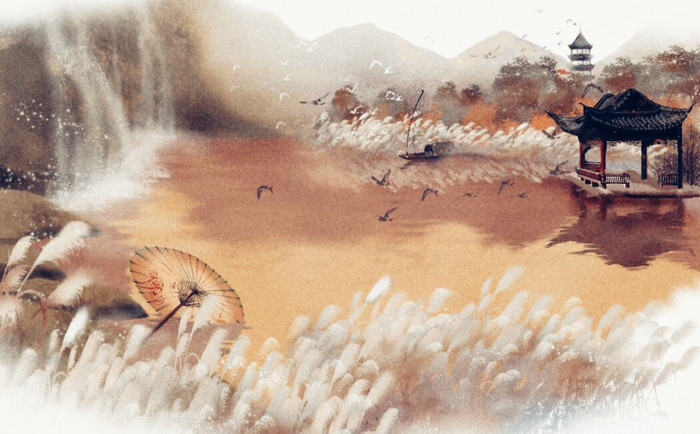
惆怅孤帆连夜发，送行淡月微云。